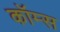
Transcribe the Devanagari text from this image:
कॉम्स